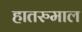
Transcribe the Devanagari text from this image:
हातरुमाल